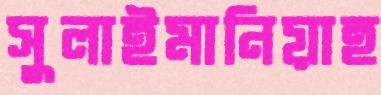
সুলাইমানিয়াহ